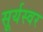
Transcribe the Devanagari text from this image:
सूर्यस्वर